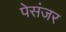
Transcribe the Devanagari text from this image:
पेसंजर